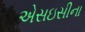
એસઇસીના